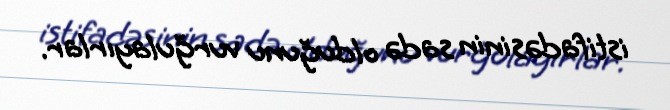
istifadəsinin sadə olduğunu vurğulayırlar.